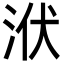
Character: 洑